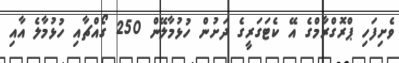
ވެށިފަހި ޕްރޮގްރާމްގެ އޭ ކެޓަގަރީގެ ދަށުން ހުޅުމާލޭން 250 ގޯއްޗާއި ހުޅުމާލެ އާއި